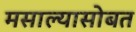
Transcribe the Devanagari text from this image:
मसाल्यासोबत